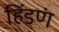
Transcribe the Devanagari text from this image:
हिंडणं